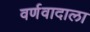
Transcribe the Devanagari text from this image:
वर्णवादाला